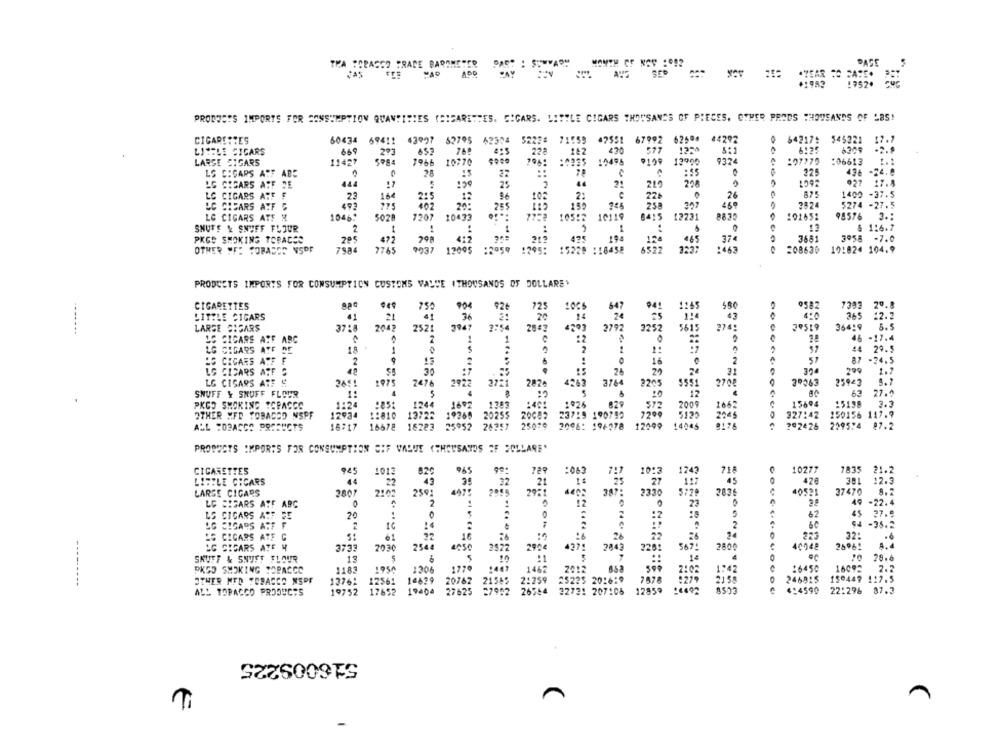
THA SCRASSO TRADE BAROME"
PAST : SUMMARY
MONTH OF NOV :12
DAGE
ZAS
1752.
PRODUCTS IMPORTS FOR CONSUMPTION QUANTITIES (CIGARETTES. CICARS. LITTLE CIGARS THOUSANDS OF PIECES. OTHER PRODS THOUSANDS OF LBS!
CIGARETTES
60434 694 !!
82795 62504 5223# 71559
47551
67992
62594
44292
0 64217: 545221 17.7
LITELE CICARS
669
652
182
490
577
6:25
6309
293
8:1
LARGE CIGARS
11427
1966 10770
7981 :0335 10498
9109 13900
9324
107772
:06613
LS CIGARS ASF ABE
28
225
436 -24.8
.
LG CIGARS ASF DE
444
25
21
219
208
027 17.4
LG CIGARS ATT F
166
2:
26
875
1400 -37.5
228
LC CREARS ATF 5
493
20:
265
258
2824
5274 -27.5
LG CIGARS ATF &
1046:
5028
7207
10433
105:2
10119
84:5
8415 12231
8830
101652
98576 3 .:
& 116.7
SHUFF & SNUFF FLOUR
2
-
PKGS SMOKING TOBACCO
472
412
374
3681
3º58 -7.0
475
OTHER "FE SORACES NSOF
7984
7765
9037
17095
:2959
15229 :18458
6522
:463
208630
191824 104.9
PRODUCTS IMPORTS FOR CONSUMPTION CUSTOMS VALUE (THOUSANDS OF DOLLARE'
CIGARETTES
Por
1006
9582
7393
79.8
LITTLE CIGARS
365
12.2
21
36
20
-------
LARGE CIGARS
37:8
2042
2521
3947
2792
3252
5613
39519
36419
5.5
OS CICARS ATF ARC
-17.4
1
CIGARS ATF DE
$2
29.5
HO CIGARS ACF F
2
..
16
87
-24.5
LG CICARS ATF S
26
.25
200
LG CIGARS ATF &
1975
2476
2922
4263
2708
3º263
2820
2209
SNUFF Y SNUFF FLOUR
12
62
27.
PKCO SMOKING TCPACCO
1:24
829
15694
3.3
1247
1602
170
106
OTHER MFD TOBACCO NSPF
12934
1:010
13922
20255
20087
23789 190790
3195
327:42
150156 117.9
ALL TOBACCO PRODUCTS
16717
16678
16283
25º52
2625
25076
194978
12099
2ª2426
2095:4 87.2
PRODUCTS IMPORTS FOR CONSUMPTION SIF VALUE (THOUSANDS OF SOLLARE"
CIGARETTES
945
1012
82
.65
99
729
:063
717
10:3
1243
718
10277
1835 21.2
LIFTLE CICARS
as
426
12.3
44
2
32
27
LARGE CIGARS
2807
2102
230;
2921
140
387:
5720
2836
40531
37470
LG SEGARS ATF ARC
0
.
2
49 -22.4
23
LS CIGARS AUF SE
20
62
45
27.9
CIGARS ASF F.
6.4
-35.2
LG CIGARS ATE C
22
26
32:
LG CIGARS ATE H
3733
2030
254
2822
290€
2043
2800
40048
280%!
4,4
427
SKUFF & SNUTT FLOUR
13
1€
28.6
PKGO SMOKING TOPACCO
1183
1950
1306
177
1462
1:42
:6450
2.2
2:02
246015
150447 117.5
---------
OTHER MED TOBACCO NSPF
1376:
12561
14629
20762
21565
2:259
25225 20:6:9
2158
ALL TOBACCO PRODUCTS
19752
17652
19000
27625
26584
32731 207105
12859
8523
4:4590
22:296 87.2